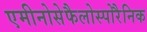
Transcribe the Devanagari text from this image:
एमीनोसेफैलोस्पोरैनिक